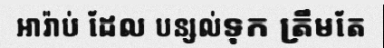
អារ៉ាប់ ដែល បន្សល់ទុក ត្រឹមតែ